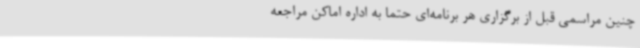
چنین مراسمی قبل از برگزاری هر برنامه‌ای حتما به اداره اماکن مراجعه